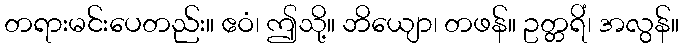
တရားမင်းပေတည်း။ ဧဝံ၊ ဤသို့။ ဘိယျော၊ တဖန်။ ဥတ္တရိံ၊ အလွန်။